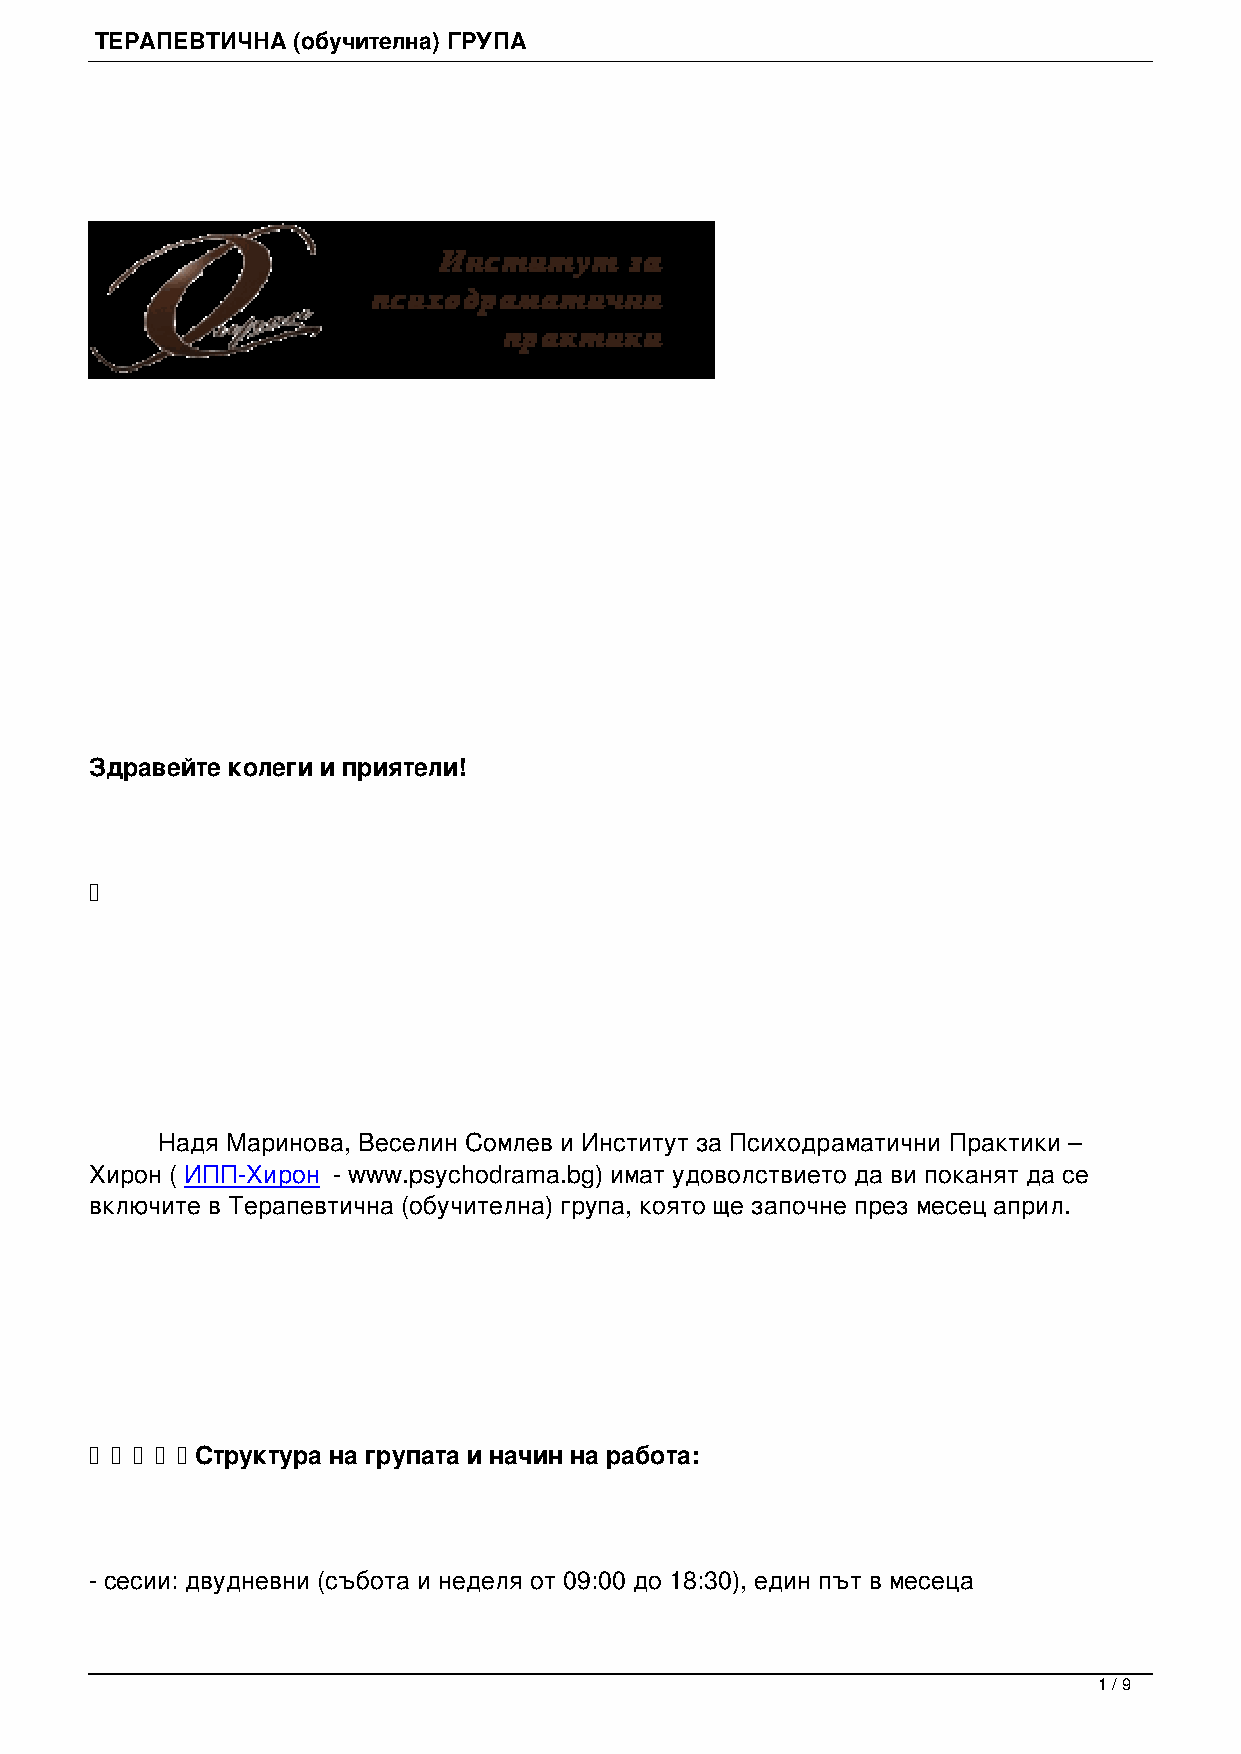
ТЕРАПЕВТИЧНА (обучителна) ГРУПА
 Здравейте колеги и приятели!
 Надя Маринова, Веселин Сомлев и Институт за Психодраматични Практики –
 Хирон ( ИПП-Хирон - www.psychodrama.bg) имат удоволствието да ви поканят да се
 включите в Терапевтична (обучителна) група, която ще започне през месец април.
 Структура на групата и начин на работа:
 - сесии: двудневни (събота и неделя от 09:00 до 18:30), един път в месеца
 1 / 9